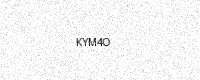
Text: KYM4O